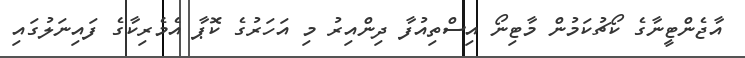
އާޖެންޓީނާގެ ކޯޗުކަމުން މާޓިނޯ އިސްތިއުފާ ދިންއިރު މި އަހަރުގެ ކޮޕާ އެމެރިކާގެ ފައިނަލުގައި